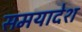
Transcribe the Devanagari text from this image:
समयादेश